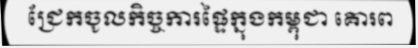
ជ្រែកចូលកិច្ចការផ្ទៃក្នុងកម្ពុជា គោរព